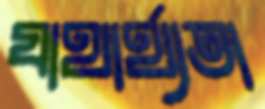
যাথার্থ্যতা